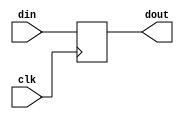
module rfr(clk, din, dout);
    input clk;
    input [31:0]din;
    output wire[31:0]dout;

    reg [31:0]register;

    initial
        register = 32'b0;

    always@(posedge clk)begin
        register = din;
    end

    assign dout = register;
endmodule